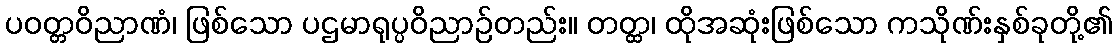
ပဝတ္တဝိညာဏံ၊ ဖြစ်သော ပဌမာရုပ္ပဝိညာဉ်တည်း။ တတ္ထ၊ ထိုအဆုံးဖြစ်သော ကသိုဏ်းနှစ်ခုတို့၏